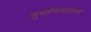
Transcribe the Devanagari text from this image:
सुभाषिताप्रमाणे